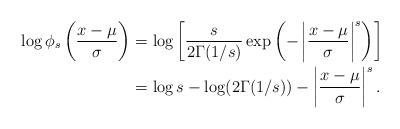
LaTeX: \begin{align*}\log\phi_s\left( \frac{x-\mu}{\sigma} \right)&=\log\left[\frac{s}{2\Gamma(1/s)}\exp\left( -\left|\frac{x-\mu}{\sigma} \right|^s \right)\right]\\&=\log s-\log(2\Gamma(1/s))-\left| \frac{x-\mu}{\sigma} \right|^s.\end{align*}